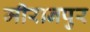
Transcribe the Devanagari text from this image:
मीरानपुर